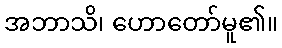
အဘာသိ၊ ဟောတော်မူ၏။